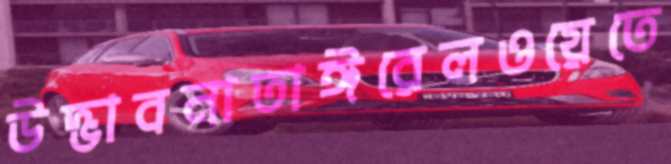
উদ্ভাবনাতাঈরেলওয়েতে